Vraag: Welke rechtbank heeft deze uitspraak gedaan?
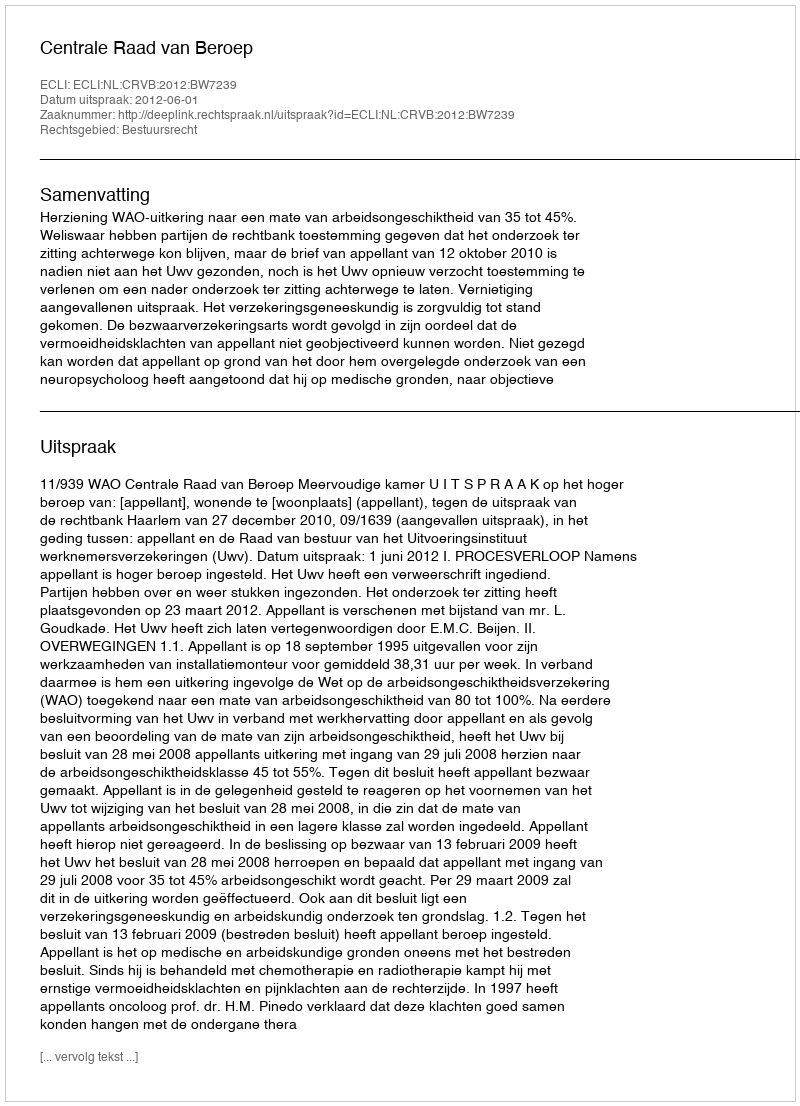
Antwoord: Centrale Raad van Beroep